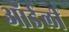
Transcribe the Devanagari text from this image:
ऑर्डर्ली